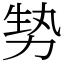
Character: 㔟